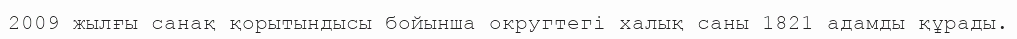
2009 жылғы санақ қорытындысы бойынша округтегі халық саны 1821 адамды құрады.